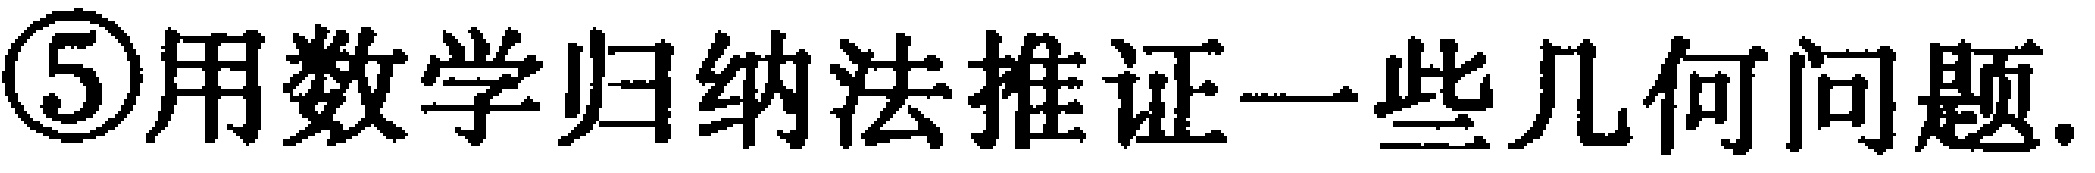
\textcircled{5}用数学归纳法推证一些几何问题.